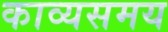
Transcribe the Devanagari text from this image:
काव्यसमय